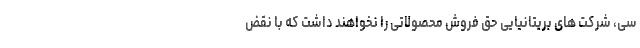
سی، شرکت های بریتانیایی حق فروش محصولاتی را نخواهند داشت که با نقض